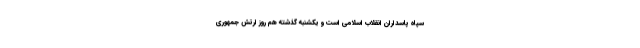
سپاه پاسداران انقلاب اسلامی است و یکشنبه گذشته هم روز ارتش جمهوری